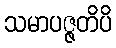
သမာပဇ္ဇတိပိ